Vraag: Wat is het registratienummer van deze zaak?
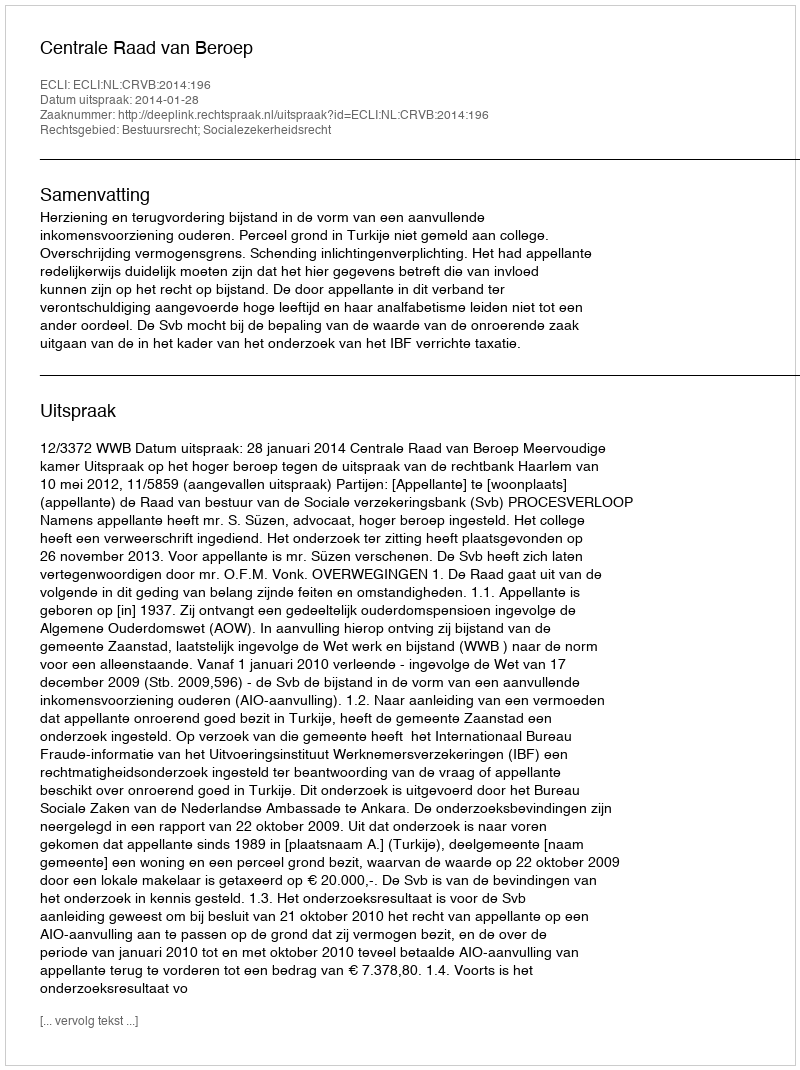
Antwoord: http://deeplink.rechtspraak.nl/uitspraak?id=ECLI:NL:CRVB:2014:196